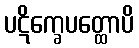
ပဋိက္ခေပတ္ထောပိ